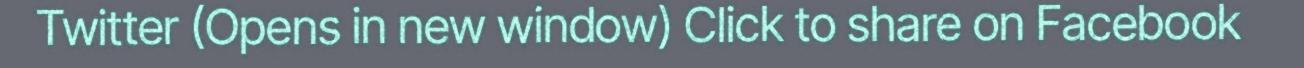
Twitter (Opens in new window) Click to share on Facebook